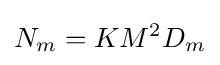
N_{m}=KM^{2}D_{m}